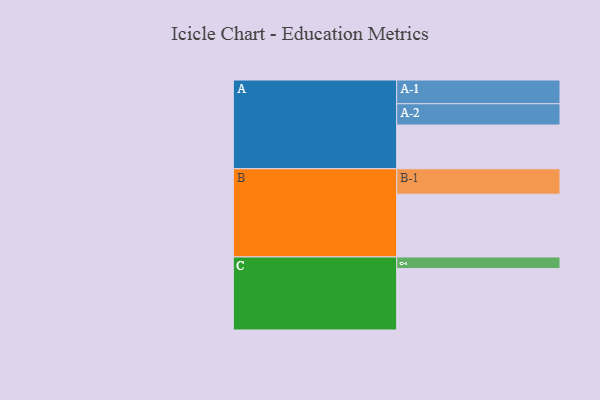
{"axis": {"x": "Segment", "y": "Value"}, "legend": ["", "A", "B", "C"], "data": [{"x": "A", "y": 414, "type": ""}, {"x": "B", "y": 595, "type": ""}, {"x": "C", "y": 582, "type": ""}, {"x": "A-1", "y": 225, "type": "A"}, {"x": "A-2", "y": 202, "type": "A"}, {"x": "B-1", "y": 241, "type": "B"}, {"x": "C-1", "y": 110, "type": "C"}]}